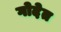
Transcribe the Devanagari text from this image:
गोदेत